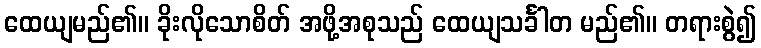
ထေယျမည်၏။ ခိုးလိုသောစိတ် အဖို့အစုသည် ထေယျသင်္ခါတ မည်၏။ တရားစွဲ၍